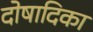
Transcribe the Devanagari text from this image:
दोषादिका